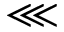
\lll